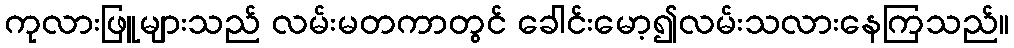
ကုလားဖြူများသည် လမ်းမတကာတွင် ခေါင်းမော့၍လမ်းသလားနေကြသည်။